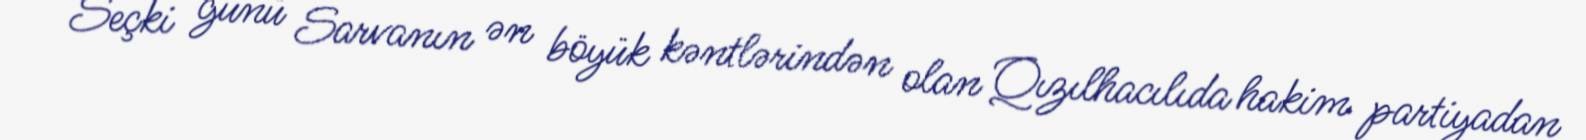
Seçki günü Sarvanın ən böyük kəntlərindən olan Qızılhacılıda hakim partiyadan